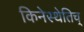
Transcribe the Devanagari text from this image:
किनेस्थेतिच्